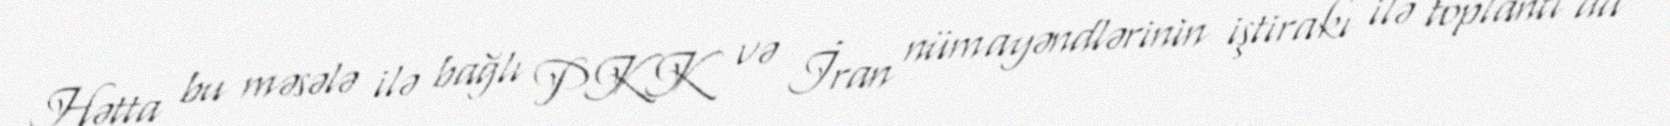
Hətta bu məsələ ilə bağlı PKK və İran nümayəndlərinin iştirakı ilə toplantı da